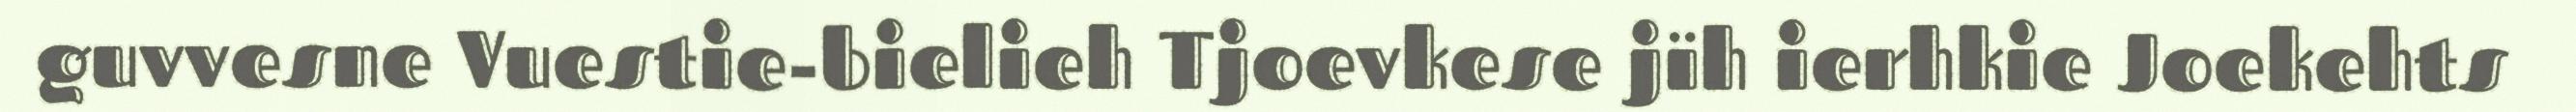
guvvesne Vuestie-bielieh Tjoevkese jïh ierhkie Joekehts